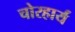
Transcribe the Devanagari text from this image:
चोरहार्यं